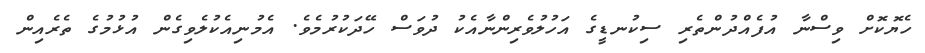
ހެޔޮކޮށް ވިސްނާ އުފެއްދުންތެރި ސިކުނޑީގެ އަހުލުވެރިންނާއެކު ދުވަސް ހޭދަކުރުމެވެ. އެމުނިއެކުލެވިގެން އުޅުމުގެ ތެރެއިން